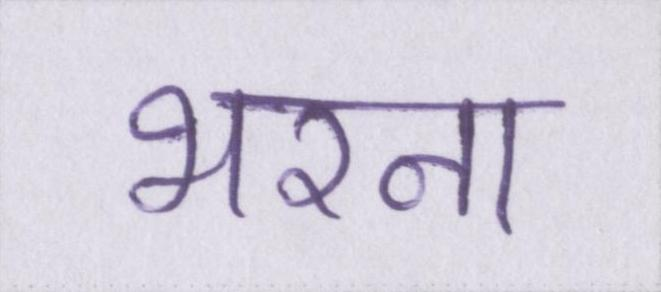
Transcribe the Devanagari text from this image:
भरना